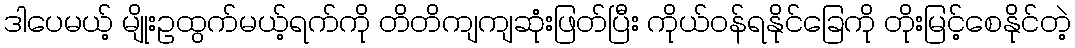
ဒါပေမယ့် မျိုးဥထွက်မယ့်ရက်ကို တိတိကျကျဆုံးဖြတ်ပြီး ကိုယ်ဝန်ရနိုင်ခြေကို တိုးမြင့်စေနိုင်တဲ့